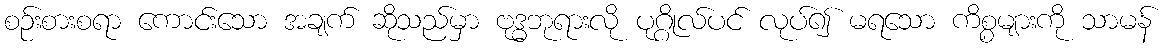
စဉ်းစားစရာ ကောင်းသော အချက် ဆိုသည်မှာ ဗုဒ္ဓဘုရားလို ပုဂ္ဂိုလ်ပင် လုပ်၍ မရသော ကိစ္စများကို သာမန်